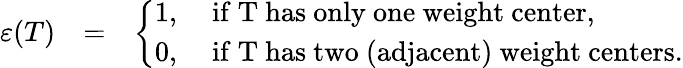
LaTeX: \begin{array}{rlr}{\varepsilon(T)}&{=}&{\left\{ \begin{array}{l}{\begin{array}{lll}{1,}&{\mathrm{~if~T~has~only~one~weight~center},}\\ {0,}&{\mathrm{~if~T~has~two~(adjacent)~weight~centers}.}\end{array}}\end{array}\right.}\end{array}